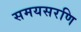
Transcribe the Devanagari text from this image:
समयसरणि